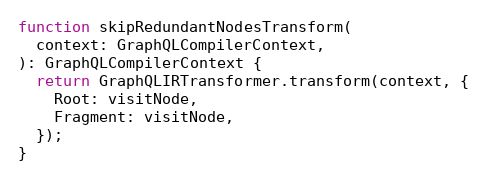
Language: JavaScript
function skipRedundantNodesTransform(
  context: GraphQLCompilerContext,
): GraphQLCompilerContext {
  return GraphQLIRTransformer.transform(context, {
    Root: visitNode,
    Fragment: visitNode,
  });
}